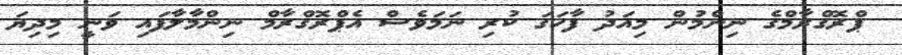
ޕްރޮގްރާމްގެ ނިންމުން މިއަދު ފާހަގަ ކުރި ނަމަވެސް އެޕްރޮގްރާމް ނިންމާލާފައި ވަނީ މިދިޔަ